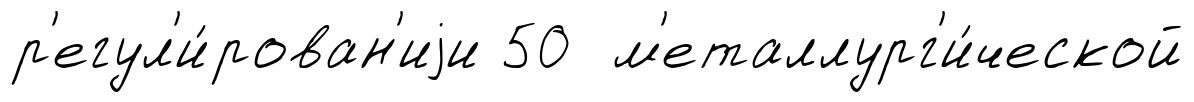
р'егул'и́рован'иjи 50 м'еталлург'и́ческой